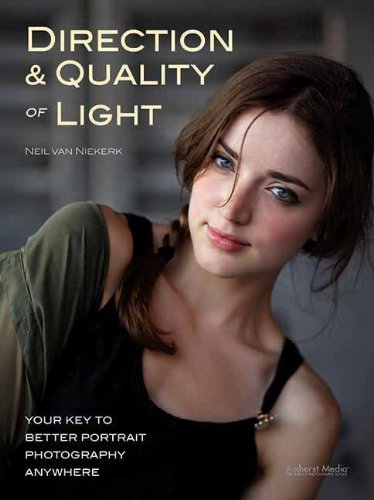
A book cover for Direction & Quality of Light: Your Key to Better Portrait Photography Anywhere; Neil van Niekerk; Arts & Photography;